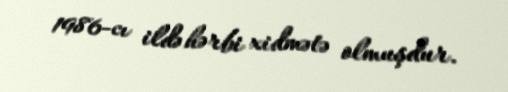
1986-cı ildə hərbi xidmətə olmuşdur.